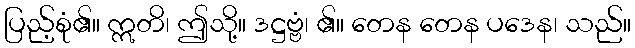
ပြည့်စုံ၏။ ဣတိ၊ ဤသို့။ ဒဋ္ဌဗ္ဗံ၊ ၏။ တေန တေန ပဒေန၊ သည်။